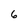
Character: 6